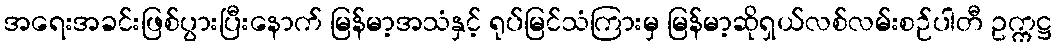
အရေးအခင်းဖြစ်ပွားပြီးနောက် မြန်မာ့အသံနှင့် ရုပ်မြင်သံကြားမှ မြန်မာ့ဆိုရှယ်လစ်လမ်းစဉ်ပါတီ ဥက္ကဋ္ဌ